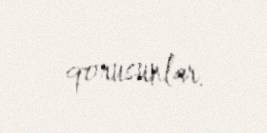
qorusunlar.